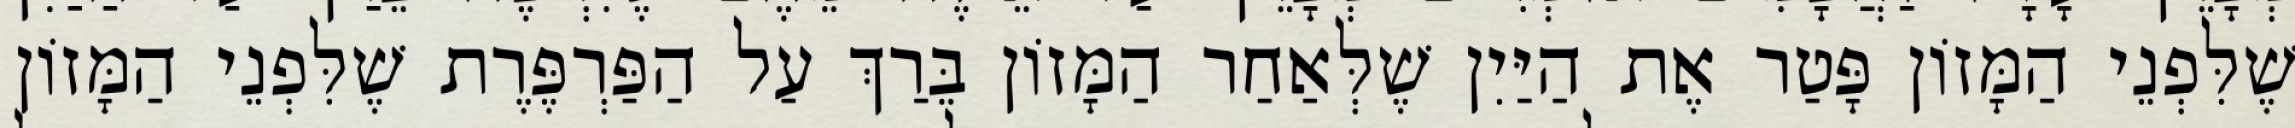
שֶׁלִּפְנֵי הַמָּזוֹן פָּטַר אֶת הַיַּיִן שֶׁלְּאַחַר הַמָּזוֹן בֵּרַךְ עַל הַפַּרְפֶּרֶת שֶׁלִּפְנֵי הַמָּזוֹן